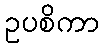
ဥပစိကာ